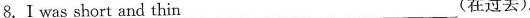
8. I was short and thin ___(在过去).